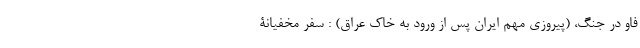
فاو در جنگ، (پیروزی مهم ایران پس از ورود به خاک عراق) : سفر مخفیانۀ